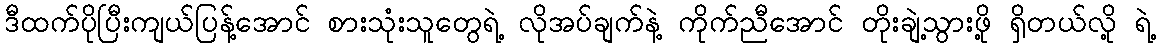
ဒီထက်ပိုပြီးကျယ်ပြန့်အောင် စားသုံးသူတွေရဲ့ လိုအပ်ချက်နဲ့ ကိုက်ညီအောင် တိုးချဲ့သွားဖို့ ရှိတယ်လို့ ရဲ့